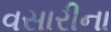
વસારીના